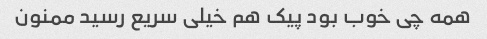
همه چی خوب بود پیک هم خیلی سریع رسید ممنون